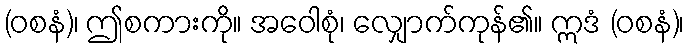
(ဝစနံ)၊ ဤစကားကို။ အဝေါစုံ၊ လျှောက်ကုန်၏။ ဣဒံ (ဝစနံ)၊